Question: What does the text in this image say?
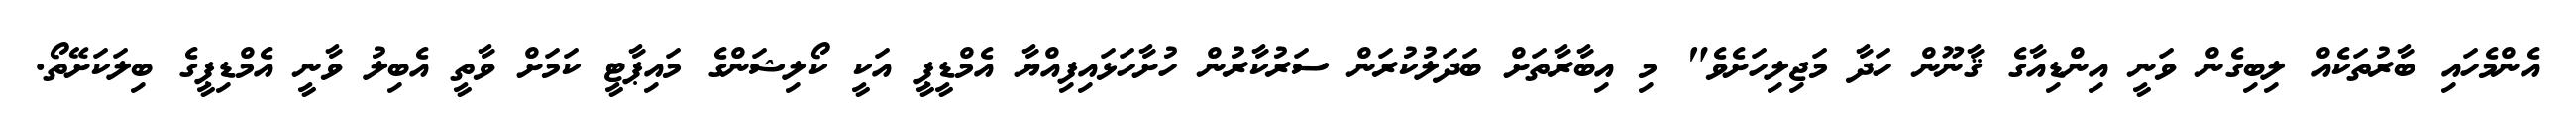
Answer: އެންމެހައި ބާރުތަކެއް ލިބިގެން ވަނީ އިންޑިއާގެ ޤާނޫން ހަދާ މަޖިލިހަށެވެ" މި އިބާރާތަށް ބަދަލުކުރަން ސަރުކާރުން ހުށާހަޅައިފިއްޔާ އެމްޑީޕީ އަކީ ކޯލިޝަންގެ މައިޕާޓީ ކަމަށް ވާތީ އެބިލު ވާނީ އެމްޑިޕީގެ ބިލަކަށޭތޯ.